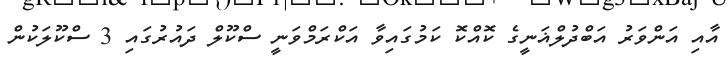
އާއި އަންވަރު އަބްދުލްޣަނީގެ ކޮއްކޮ ކަމުގައިވާ އަކްރަމްވަނީ ސްކޫލް ދައުރުގައި 3 ސްކޫލަކުން